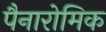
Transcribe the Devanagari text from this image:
पैनारोमिक